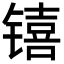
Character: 𬭳